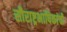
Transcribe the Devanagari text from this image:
सौराष्ट्रभाषिकांची